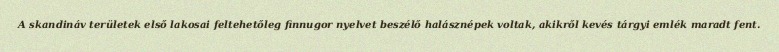
A skandináv területek első lakosai feltehetőleg finnugor nyelvet beszélő halásznépek voltak, akikről kevés tárgyi emlék maradt fent.